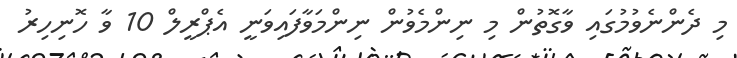
މި ދެންނެވުމުގައި ވާގޮތުން މި ނިންމެވުން ނިންމަވާފައިވަނީ އެޕްރީލް 10 ވާ ހޮނިހިރު